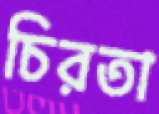
চিরতা